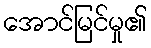
အောင်မြင်မှု၏